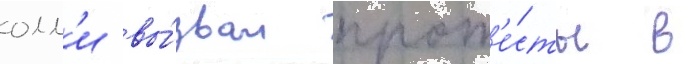
олл'и вы́звал прот'е́сты в